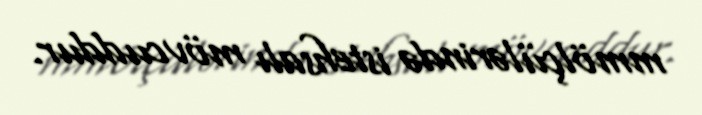
mmölçülərində istehsalı mövcuddur.